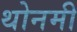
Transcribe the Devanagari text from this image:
थोनमी